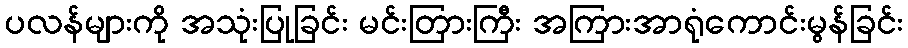
ပလန်များကို အသုံးပြုခြင်း မင်းတြားကြီး အကြားအာရုံကောင်းမွန်ခြင်း